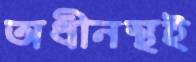
অধীনস্থই